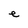
Character: e